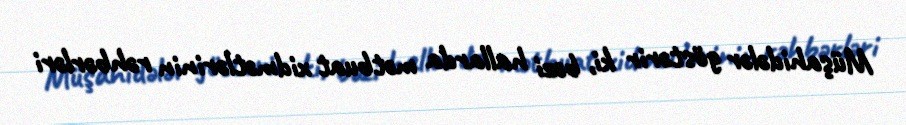
Müşahidələr göstərir ki, bəzi hallarda mətbuat xidmətlərinin rəhbərləri